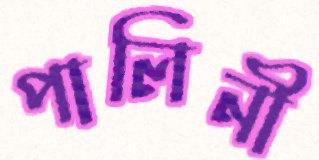
পালিনী